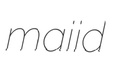
maiid